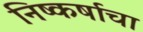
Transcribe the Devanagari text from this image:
निष्कर्षाचा